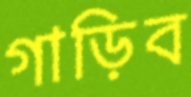
গাড়িব